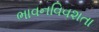
ભાવનવિવશતા